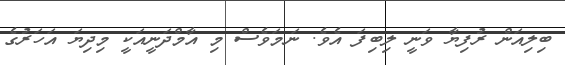
ބިލިއަން ރުފިޔާ ވަނީ ލިބިފަ އެވެ. ނަމަވެސް މި އާމްދަނީއަކީ މިދިޔަ އަހަރުގެ